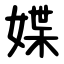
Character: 媟